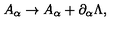
A _ { \alpha } \rightarrow A _ { \alpha } + \partial _ { \alpha } \Lambda ,